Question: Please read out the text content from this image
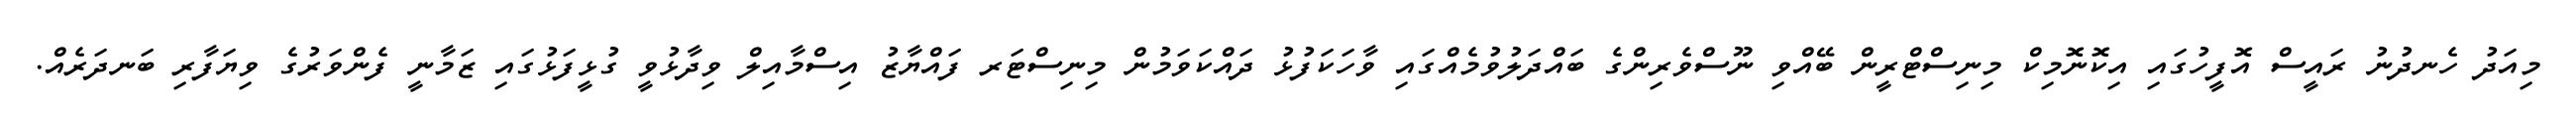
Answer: މިއަދު ހެނދުނު ރައީސް އޮފީހުގައި އިކޮނޮމިކް މިނިސްޓްރީން ބޭއްވި ނޫސްވެރިންގެ ބައްދަލުވުމެއްގައި ވާހަކަފުޅު ދައްކަވަމުން މިނިސްޓަރ ފައްޔާޒު އިސްމާއިލް ވިދާޅުވީ ގުޅީފަޅުގައި ޒަމާނީ ފެންވަރުގެ ވިޔަފާރި ބަނދަރެއް.